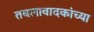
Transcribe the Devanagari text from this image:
तबलावादकांच्या